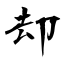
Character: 却